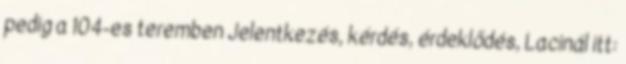
pedig a 104-es teremben Jelentkezés, kérdés, érdeklődés, Lacinál itt: